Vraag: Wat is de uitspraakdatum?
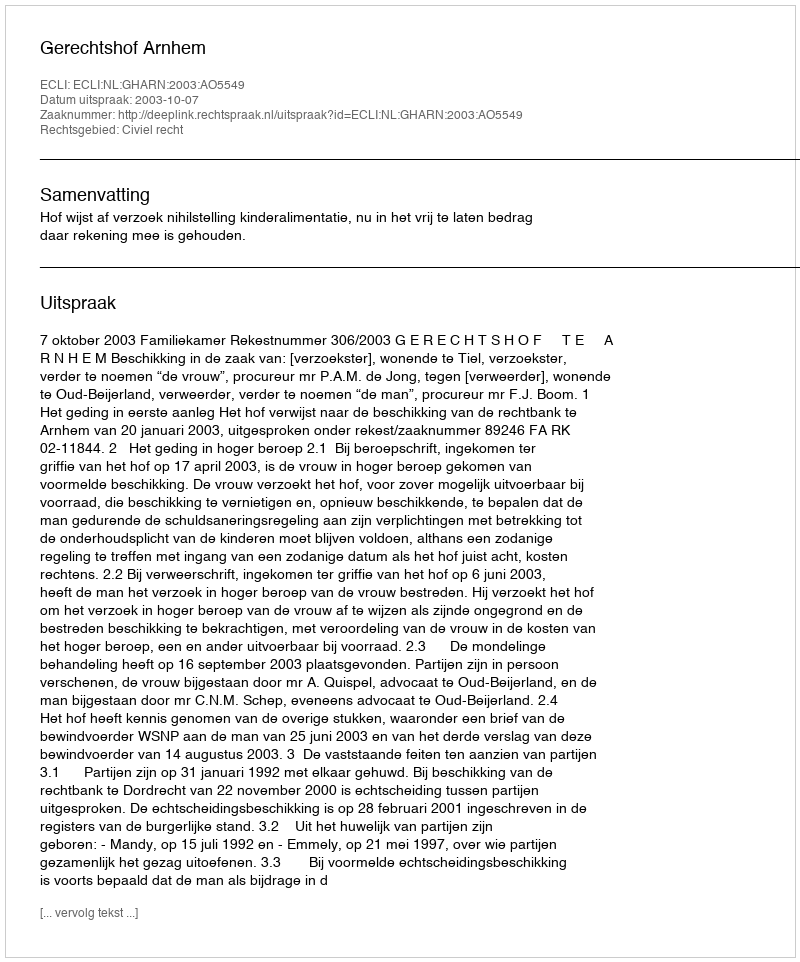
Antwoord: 2003-10-07